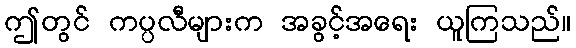
ဤတွင် ကပ္ပလီများက အခွင့်အရေး ယူကြသည်။